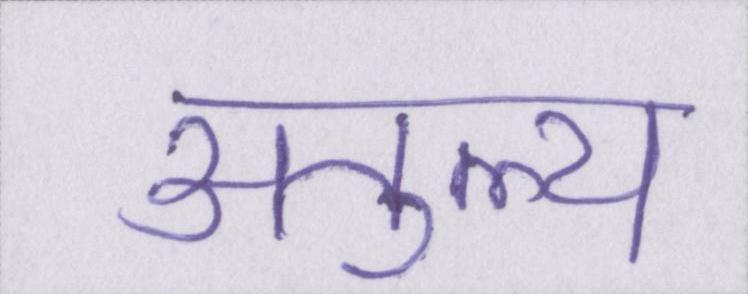
अतुल्य